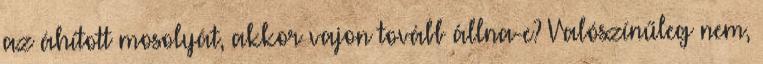
az áhított mosolyát, akkor vajon tovább állna-e? Valószínűleg nem,